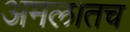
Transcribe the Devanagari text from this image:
अमलातच